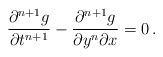
LaTeX: \begin{align*}{\partial^{n+1} g \over \partial t^{n+1}} -{\partial^{n+1} g \over \partial y^n \partial x} = 0\,.\end{align*}